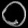
Digit: ၀